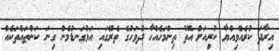
އިރާދަ ކުރެއްވިއްޔާ ކުރިއަށް އޮތް ތިންމަހެއްހާ ދުވަހުގެ ތެރޭގައި އަޅުގަނޑުމެން ގިނަ ކަންތައްތަކެއް